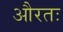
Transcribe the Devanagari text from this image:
औरतः